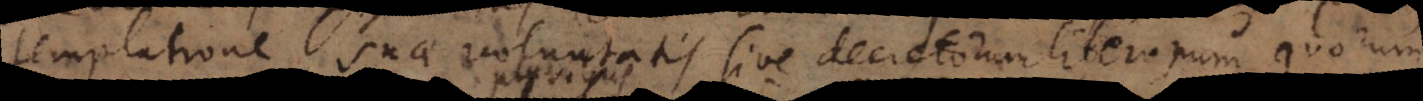
templatione suae voluntatis, sive decretorum liberorum, quorum